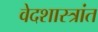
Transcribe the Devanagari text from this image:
वेदशास्त्रांत